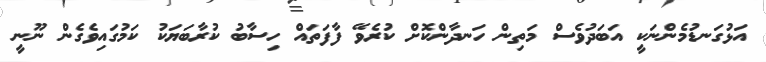
އަޅުގަނޑުމެންނަކީ އަބަދުވެސް މަތިން ހަނދާންކޮށް ކުރެވޭ ފާފަތައް ހިސާބު ކުރާބަޔަކު ކަމުގައިވެގެން ނޫނީ